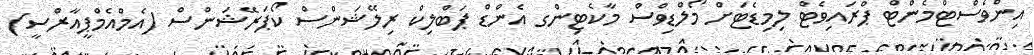
އިންވެސްޓްމެންޓް ޕްރައިވެޓް ލިމިޑެޓަށް މޯލްޑިވްސް މާކެޓިންގ އެންޑް ޕަބްލިކް ރިލޭޝަންސް ކޯޕަރޭޝަންސް (އެމްއެމްޕީއާރްސީ)